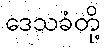
ဒေသခံတို့